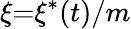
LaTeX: {\xi}{=}{\xi}^{\ast}(t)/m